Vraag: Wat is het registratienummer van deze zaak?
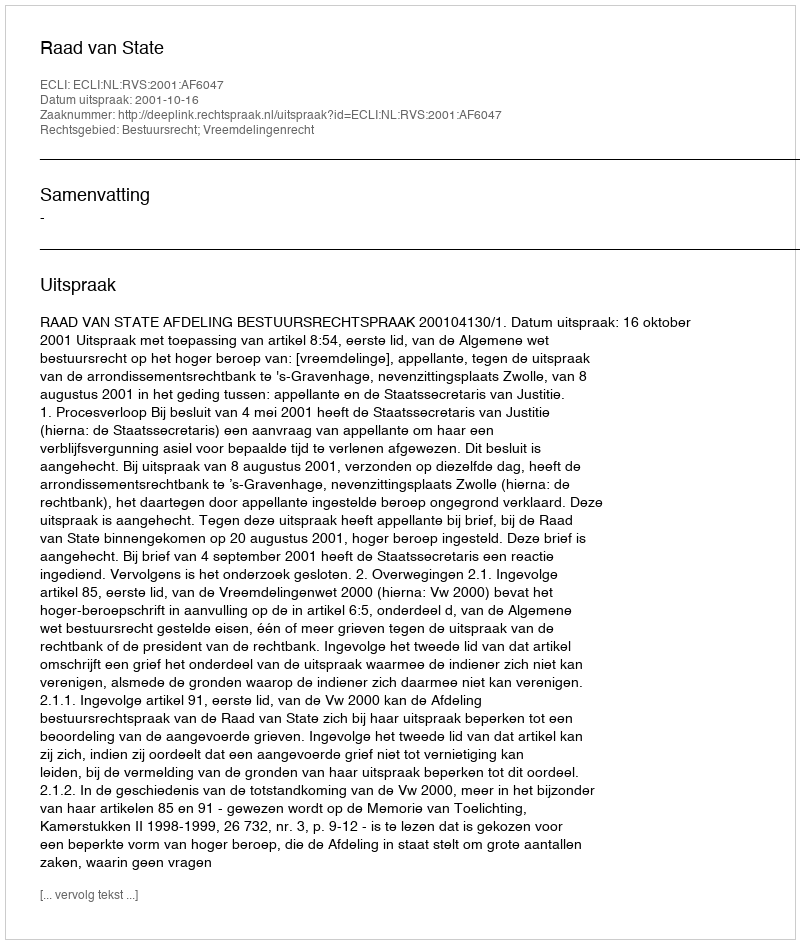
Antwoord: http://deeplink.rechtspraak.nl/uitspraak?id=ECLI:NL:RVS:2001:AF6047